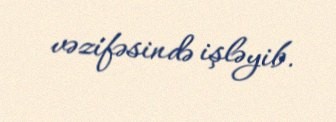
vəzifəsində işləyib.